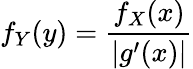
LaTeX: f_{Y}(y)={\frac{f_{X}(x)}{|g^{\prime}(x)|}}